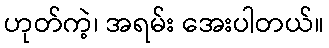
ဟုတ်ကဲ့၊ အရမ်း အေးပါတယ်။